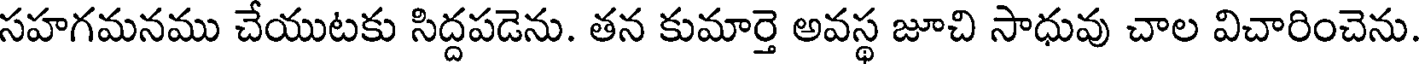
సహగమనము చేయుటకు సిద్దపడెను. తన కుమార్తె అవస్థ జూచి సాధువు చాల విచారించెను.